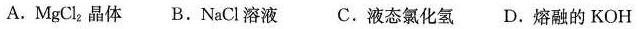
A. MgCl_{2} 晶体 B. NaCl 溶液 C. 液态氯化氢 D. 熔融的 KOH